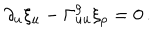
LaTeX: \partial _ { u } \xi _ { u } - \Gamma _ { u u } ^ { \rho } \xi _ { \rho } = 0 \, .